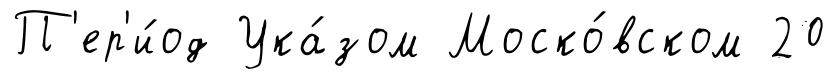
П'ер'и́од Ука́зом Моско́вском 20